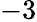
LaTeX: -3